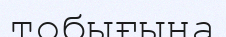
тобығына